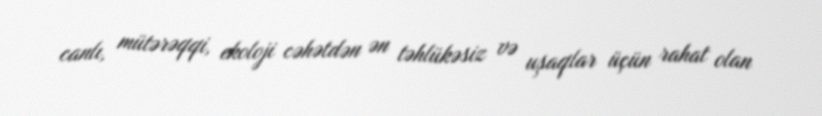
canlı, mütərəqqi, ekoloji cəhətdən ən təhlükəsiz və uşaqlar üçün rahat olan